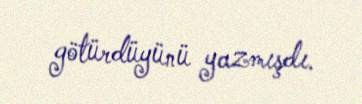
götürdüyünü yazmışdı.